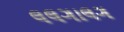
લલગાલગ